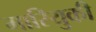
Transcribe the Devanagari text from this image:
मारियुकी